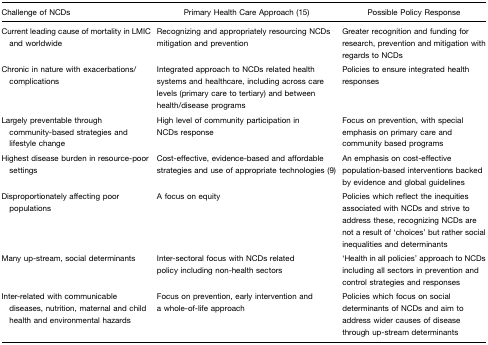
<table><thead><tr><td><b>Challenge of NCDs</b></td><td><b>Primary Health Care Approach (15)</b></td><td><b>Possible Policy Response</b></td></tr></thead><tbody><tr><td>Current leading cause of mortality in LMIC and worldwide</td><td>Recognizing and appropriately resourcing NCDs mitigation and prevention</td><td>Greater recognition and funding for research, prevention and mitigation with regards to NCDs</td></tr><tr><td>Chronic in nature with exacerbations/complications</td><td>Integrated approach to NCDs related health systems and healthcare, including across care levels (primary care to tertiary) and between health/disease programs</td><td>Policies to ensure integrated health responses</td></tr><tr><td>Largely preventable through community-based strategies and lifestyle change</td><td>High level of community participation in NCDs response</td><td>Focus on prevention, with special emphasis on primary care and community based programs</td></tr><tr><td>Highest disease burden in resource-poor settings</td><td>Cost-effective, evidence-based and affordable strategies and use of appropriate technologies (9)</td><td>An emphasis on cost-effective population-based interventions backed by evidence and global guidelines</td></tr><tr><td>Disproportionately affecting poor populations</td><td>A focus on equity</td><td>Policies which reflect the inequities associated with NCDs and strive to address these, recognizing NCDs are not a result of ‘choices’ but rather social inequalities and determinants</td></tr><tr><td>Many up-stream, social determinants</td><td>Inter-sectoral focus with NCDs related policy including non-health sectors</td><td>‘Health in all policies’ approach to NCDs including all sectors in prevention and control strategies and responses</td></tr><tr><td>Inter-related with communicable diseases, nutrition, maternal and child health and environmental hazards</td><td>Focus on prevention, early intervention and a whole-of-life approach</td><td>Policies which focus on social determinants of NCDs and aim to address wider causes of disease through up-stream determinants</td></tr></tbody></table>